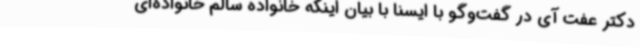
دکتر عفت آی در گفت‌وگو با ایسنا با بیان اینکه خانواده سالم خانواده‌ای